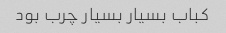
کباب بسیار بسیار چرب بود